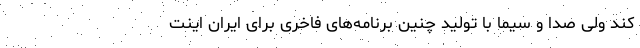
کند ولی صدا و سیما با تولید چنین برنامه‌های فاخری برای ایران اینت